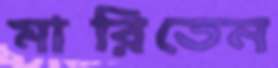
মারিতেন